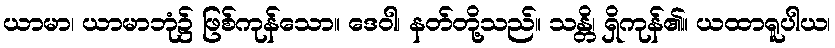
ယာမာ၊ ယာမာဘုံ၌ ဖြစ်ကုန်သော။ ဒေဝါ၊ နတ်တို့သည်။ သန္တိ၊ ရှိကုန်၏။ ယထာရူပါယ၊